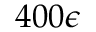
4 0 0 \epsilon